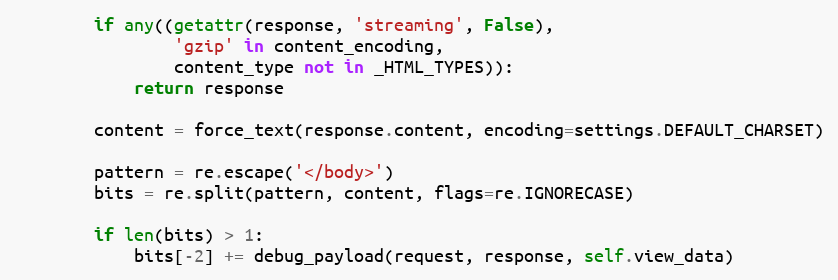
Language: Python
        if any((getattr(response, 'streaming', False),
                'gzip' in content_encoding,
                content_type not in _HTML_TYPES)):
            return response

        content = force_text(response.content, encoding=settings.DEFAULT_CHARSET)

        pattern = re.escape('</body>')
        bits = re.split(pattern, content, flags=re.IGNORECASE)

        if len(bits) > 1:
            bits[-2] += debug_payload(request, response, self.view_data)